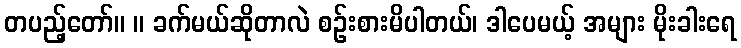
တပည့်တော်။ ။ ခက်မယ်ဆိုတာလဲ စဉ်းစားမိပါတယ်၊ ဒါပေမယ့် အများ မိုးခါးရေ